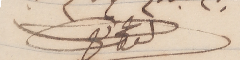
الداعى